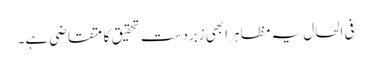
فی الحال یہ مظاہر ابھی زبردست تحقیق کا متقاضی ہے۔